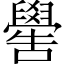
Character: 嚳